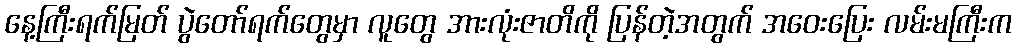
နေ့ကြီးရက်မြတ် ပွဲတော်ရက်တွေမှာ လူတွေ အားလုံးဇာတိကို ပြန်တဲ့အတွက် အဝေးပြေး လမ်းမကြီးက